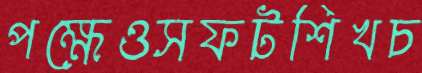
পক্ষেওসফটশিখচ